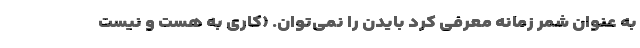
به عنوان شمر زمانه معرفی کرد بایدن را نمی‌توان. (کاری به هست و نیستِ